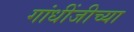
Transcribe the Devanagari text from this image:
गांधींजीच्या